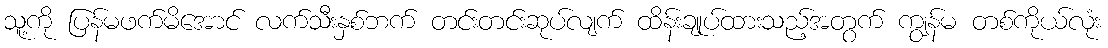
သူ့ကို ပြန်မဖက်မိအောင် လက်သီးနှစ်ဘက် တင်းတင်းဆုပ်လျက် ထိန်းချုပ်ထားသည့်အတွက် ကျွန်မ တစ်ကိုယ်လုံး